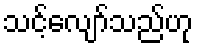
သင့်လျော်သည်ဟု